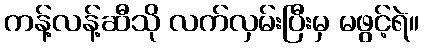
ကန့်လန့်ဆီသို လက်လှမ်းပြီးမှ မဖွင့်ရဲ။